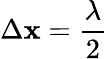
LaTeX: \Delta\mathbf{x}={\frac{{\lambda}}{{2}}}